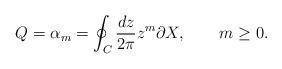
LaTeX: \begin{align*}Q = \alpha_m = \oint_C \frac{dz}{2\pi} z^m \partial X,\qquad m\geq 0. \end{align*}